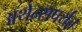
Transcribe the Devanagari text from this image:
अथेन्सपर्यंत